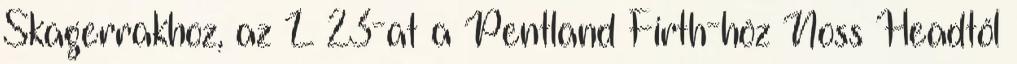
Skagerrakhoz, az L 23-at a Pentland Firth-höz Noss Headtől